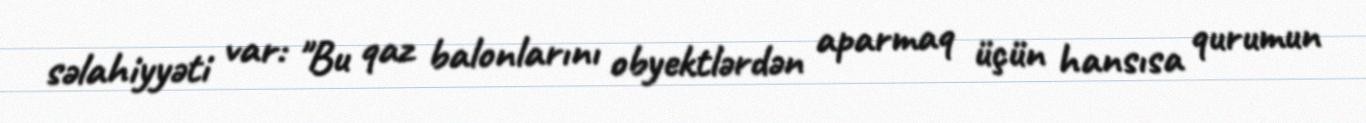
səlahiyyəti var: "Bu qaz balonlarını obyektlərdən aparmaq üçün hansısa qurumun